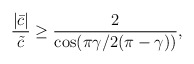
\begin{align*}\frac{|\bar{c}|}{\tilde{c}}\geq \frac{2}{\cos(\pi\gamma/2(\pi-\gamma))},\end{align*}